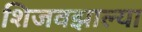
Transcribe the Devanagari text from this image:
शिजवझाल्या